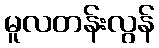
မူလတန်းလွန်